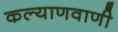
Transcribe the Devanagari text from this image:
कल्याणवाणी